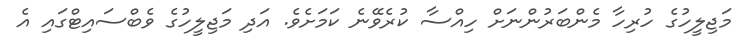
މަޖިލީހުގެ ހުރިހާ މެންބަރުންނަށް ހިއްސާ ކުރެވޭނެ ކަމަށެވެ. އަދި މަޖިލީހުގެ ވެބްސައިޓްގައި އެ